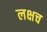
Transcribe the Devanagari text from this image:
लक्षच